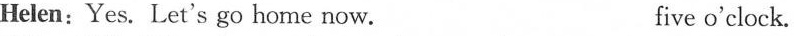
Helen:Yes. Let's go home now. five o'clock.